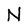
Character: N